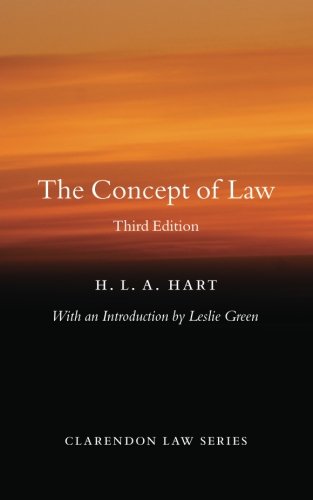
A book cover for The Concept of Law (Clarendon Law Series); HLA Hart; Law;